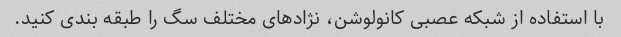
با استفاده از شبکه عصبی کانولوشن، نژادهای مختلف سگ را طبقه بندی کنید.